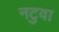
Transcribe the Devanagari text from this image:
नटुवा